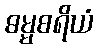
ဓမ္မစရိယံ